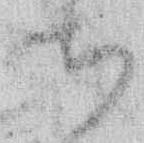
ち